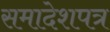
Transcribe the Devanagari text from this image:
समादेशपत्र